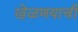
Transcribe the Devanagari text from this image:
खेळणयाची